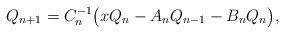
\begin{align*}Q_{n+1}=C_n^{-1}\big(xQ_{n}-A_{n}Q_{n-1}-B_{n}Q_{n}\big),\end{align*}